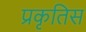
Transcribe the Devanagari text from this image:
प्रकृतिस